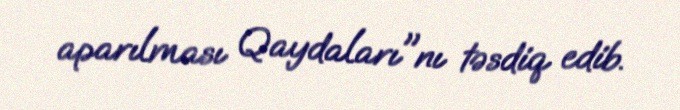
aparılması Qaydaları"nı təsdiq edib.